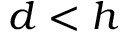
d < h